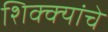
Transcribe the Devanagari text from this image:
शिक्क्यांचे